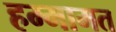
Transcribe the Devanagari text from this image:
हम्मामत